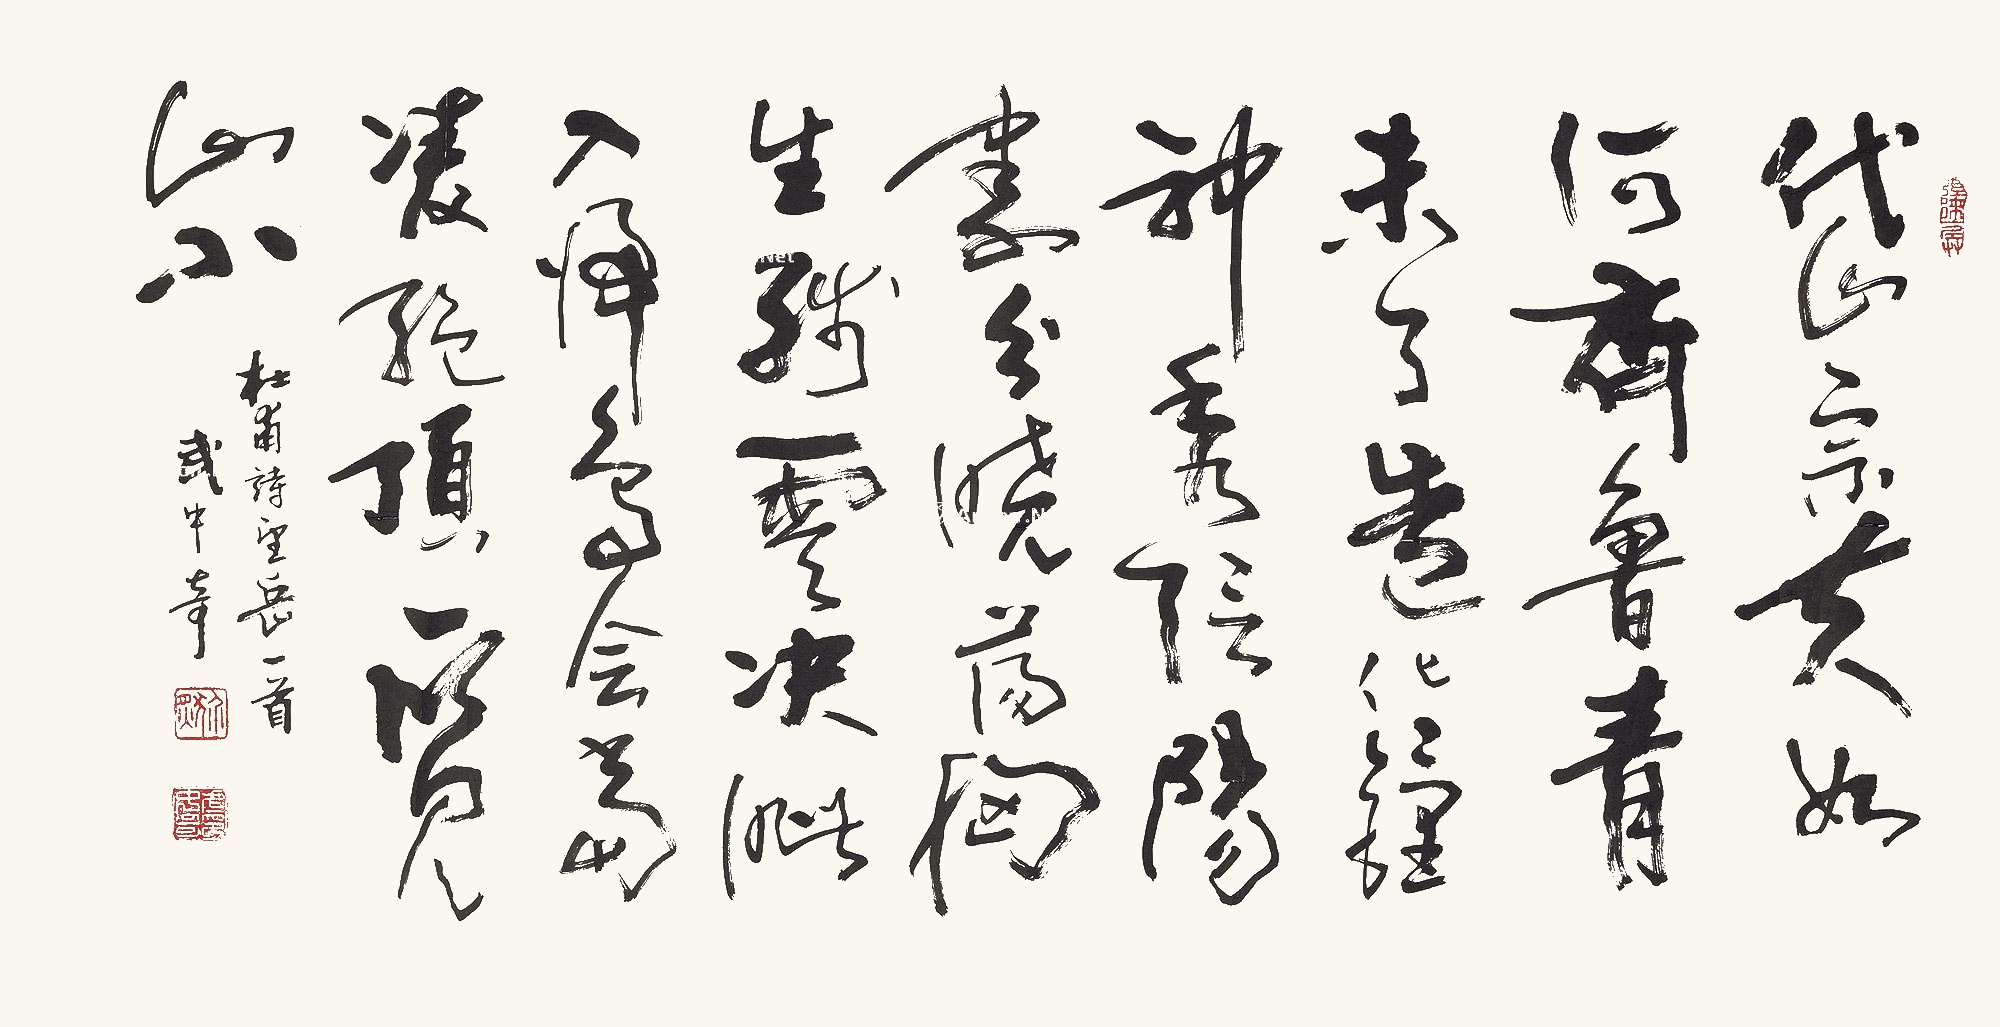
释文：岱宗夫如何？齐鲁青未了。造化钟神秀，阴阳割昏晓。荡胸生层云，决眦入归鸟。会当凌绝顶，一览众山小。杜甫诗《望岳》一首，武中奇。